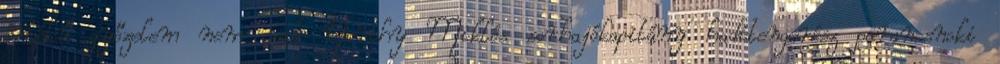
értékű győzelem nem csak Horthy Miklós sorhajókapitány haditengerész parancsnoki